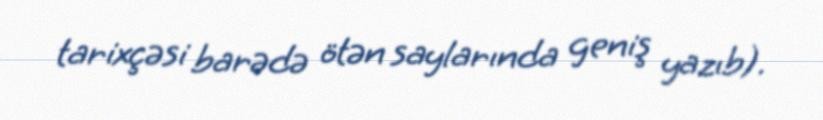
tarixçəsi barədə ötən saylarında geniş yazıb).